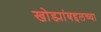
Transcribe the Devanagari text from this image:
खोड्यांबद्दलच्या